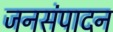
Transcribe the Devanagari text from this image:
जनसंपादन